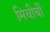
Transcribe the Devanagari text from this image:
मिचीर्ची